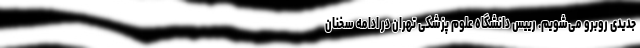
جدیدی روبرو می‌شویم. رییس دانشگاه علوم پزشکی تهران در ادامه سخنان